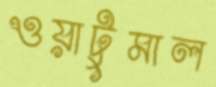
ওয়াটুমাল